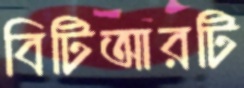
বিটিআরটি